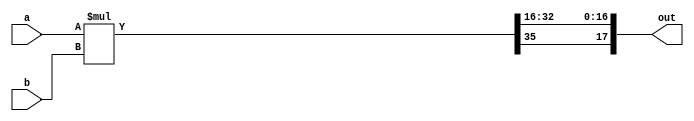
`timescale 1ns / 1ps
//////////////////////////////////////////////////////////////////////////////////
// Company: 
// Engineer: 
// 
// Design Name: 
// Module Name:    pipe_in_wave_2048 
// Project Name: 
// Target Devices: 
// Tool versions: 
// Description: 
//
// Dependencies: 
//
// Revision: 
// Revision 0.01 - File Created
// Additional Comments: 
//
//////////////////////////////////////////////////////////////////////////////////
//////////////////////////////////////////////////
//// signed mult of 2.16 format 2'comp////////////
//////////////////////////////////////////////////

module signed_mult (out, a, b);

	output 	signed	[17:0]	out;
	input 	signed	[17:0] 	a;
	input 	signed	[17:0] 	b;
	
	wire	signed	[17:0]	out;
	wire 	signed	[35:0]	mult_out;

	assign mult_out = a * b;
	assign out = {mult_out[35], mult_out[32:16]};
endmodule


module Iz_neuron_single(a, b, c, d, I1, tau, clk, reset, action_potential, recovery_potential, spike_delayed, spike);
    input [3:0] a;
    input [3:0] b;
    input signed [17:0] c;
    input signed [17:0] d;
    input signed [17:0] I1;   //a,b,c,d set cell dynamics, I1 is the input current = 100 * I
    input [3:0] tau;    	//TDS: decay time constant = 2^tau timesteps

    input wire clk;
    input wire reset;
    
    output wire [17:0] action_potential;			
    output wire [17:0] recovery_potential;			
    output wire spike_delayed;
    output wire spike;  				
    parameter DELAY = 18;  //1 to 18

	//parameter NN = 8;  // (log2(neuronCount) - 1)

	wire signed	[17:0] spike_list, u1, du1, u1reset, u1new;
	wire signed	[17:0] v1new, v1;
	reg signed [17:0] v1_mem, u1_mem, spike_list_mem, epsp_mem;
	
	wire signed	[17:0] v1xv1, v1xb;
	wire signed [17:0] u1_final, v1_final, spike_list_final;   // state variables ready to be saved
	wire signed	[17:0] p, c14;
    assign p =  18'sh0_4CCC ; // threshold of membrane potential = 0.30 x 100mv 
    assign c14 = 18'sh1_6666; // 1.4 x 100mv

	wire signed [17:0] epsp_new, epsp_final;
	wire memclk;
        
    // *** Output bundle
	always @ (posedge clk or posedge reset)
	begin
        if (reset)
		begin
            v1_mem <= 18'sh3_4CCD; // -0.70 x 100mv x 0xFFFF, Default value of v1
            u1_mem <= 18'sh3_CCCD;  // -0.20 x 100mv x 0xFFFF, default value of u1
            spike_list_mem <= 18'h0000;
            epsp_mem <= 18'sh0;
		end
        else
        begin
            v1_mem <= v1_final;
            u1_mem <= u1_final;
            spike_list_mem <= spike_list_final;
            epsp_mem <= epsp_final;
        end
	end	
    assign action_potential = spike ? p : v1_mem;
    assign recovery_potential = u1_mem;

    // === Re-capture the state variables
	assign spike_list = spike_list_mem;
    assign u1 = u1_mem;
	assign v1 = v1_mem;  //to use single-step integration
    assign spike = (v1 > p) ? 1'b1 : 1'b0;
    assign spike_delayed = reset ? 1'b0 : spike_list[DELAY-1];  //delayed output of neuron (18msec max)

        
     
    // *** Izhikevich integrations for v1:
    // Izhikevich original for v:
    // v' = 0.04*v^2 + 5*v + 140 - u + I
    // Rescaling v,u,i that v = 100*v1, u = 100*u1, I = 100*I1, therefore:
    // v1' = 4*v1^2 + 5*v1 + 140 - u1 + I1 (Minos checked the math)
    // v1 = v1 + dt*(4*v1^2 + 5*v1 + 140 - u1 + I1)
    // Assume dt = 1 ms, then:
    // v1(n+1) = v1(n) + 4*v1(n)^2 + 5*v1(n) + 1.4 - u1(n) + I1(n)
    // Minos - Terry got it right
	signed_mult v1sq(v1xv1, v1, v1);
	//assign v1new = v1 + (v1xv1<<<2) + v1+(v1<<<2) + c14 - u1 + epsp_mem; //I;  //1msec sample (no dt term)
	assign v1new = v1 + (v1xv1<<<2) + v1+(v1<<<2) + c14 - u1 + I1;  //1msec sample (no dt term)
		
    // *** Izhikevich integrations for u1:
    // Izhikevich original for u:
    // u' = a(bv - u)
    // Rescaling v,u,i that v = 100*v1, u = 100*u1, therefore:
    // u1' = a(bv1 - u1)
	// u1(n+1) = u1 + dt*a*(b*v1(n) - u1(n))
    // Assume d1 = 1 ms, then:
    // u1(n+1) = u1 + a*(b*v1(n) - u1(n))
    
	assign v1xb = v1>>>b;         //mult (v1xb, v1, b);
	assign du1 = (v1xb-u1)>>>a ;  //mult (du1, (v1xb-u1), a);
	assign u1new = u1 + du1 ; 
	assign u1reset = u1 + d ;

	// *** Nerf version of EPSP
	assign epsp_new = epsp_mem + ((-epsp_mem)>>>tau) + I1 ; //v1>>>4 originally
	assign epsp_final = reset ? 18'sh0 : epsp_new;

	// *** next state variables ready to save
    assign v1_final = spike ? c : v1new; // -0.70 x 100mv, Default value of v1
	assign u1_final = spike ? u1reset : u1new;  // -0.20 x 100mv, default value of u1
	assign spike_list_final = {spike_list[16:0], spike};
	
endmodule